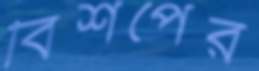
বিশপের